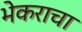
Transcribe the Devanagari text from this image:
भेकराचा